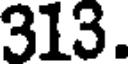
313.